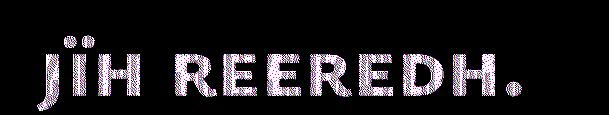
jïh reeredh.